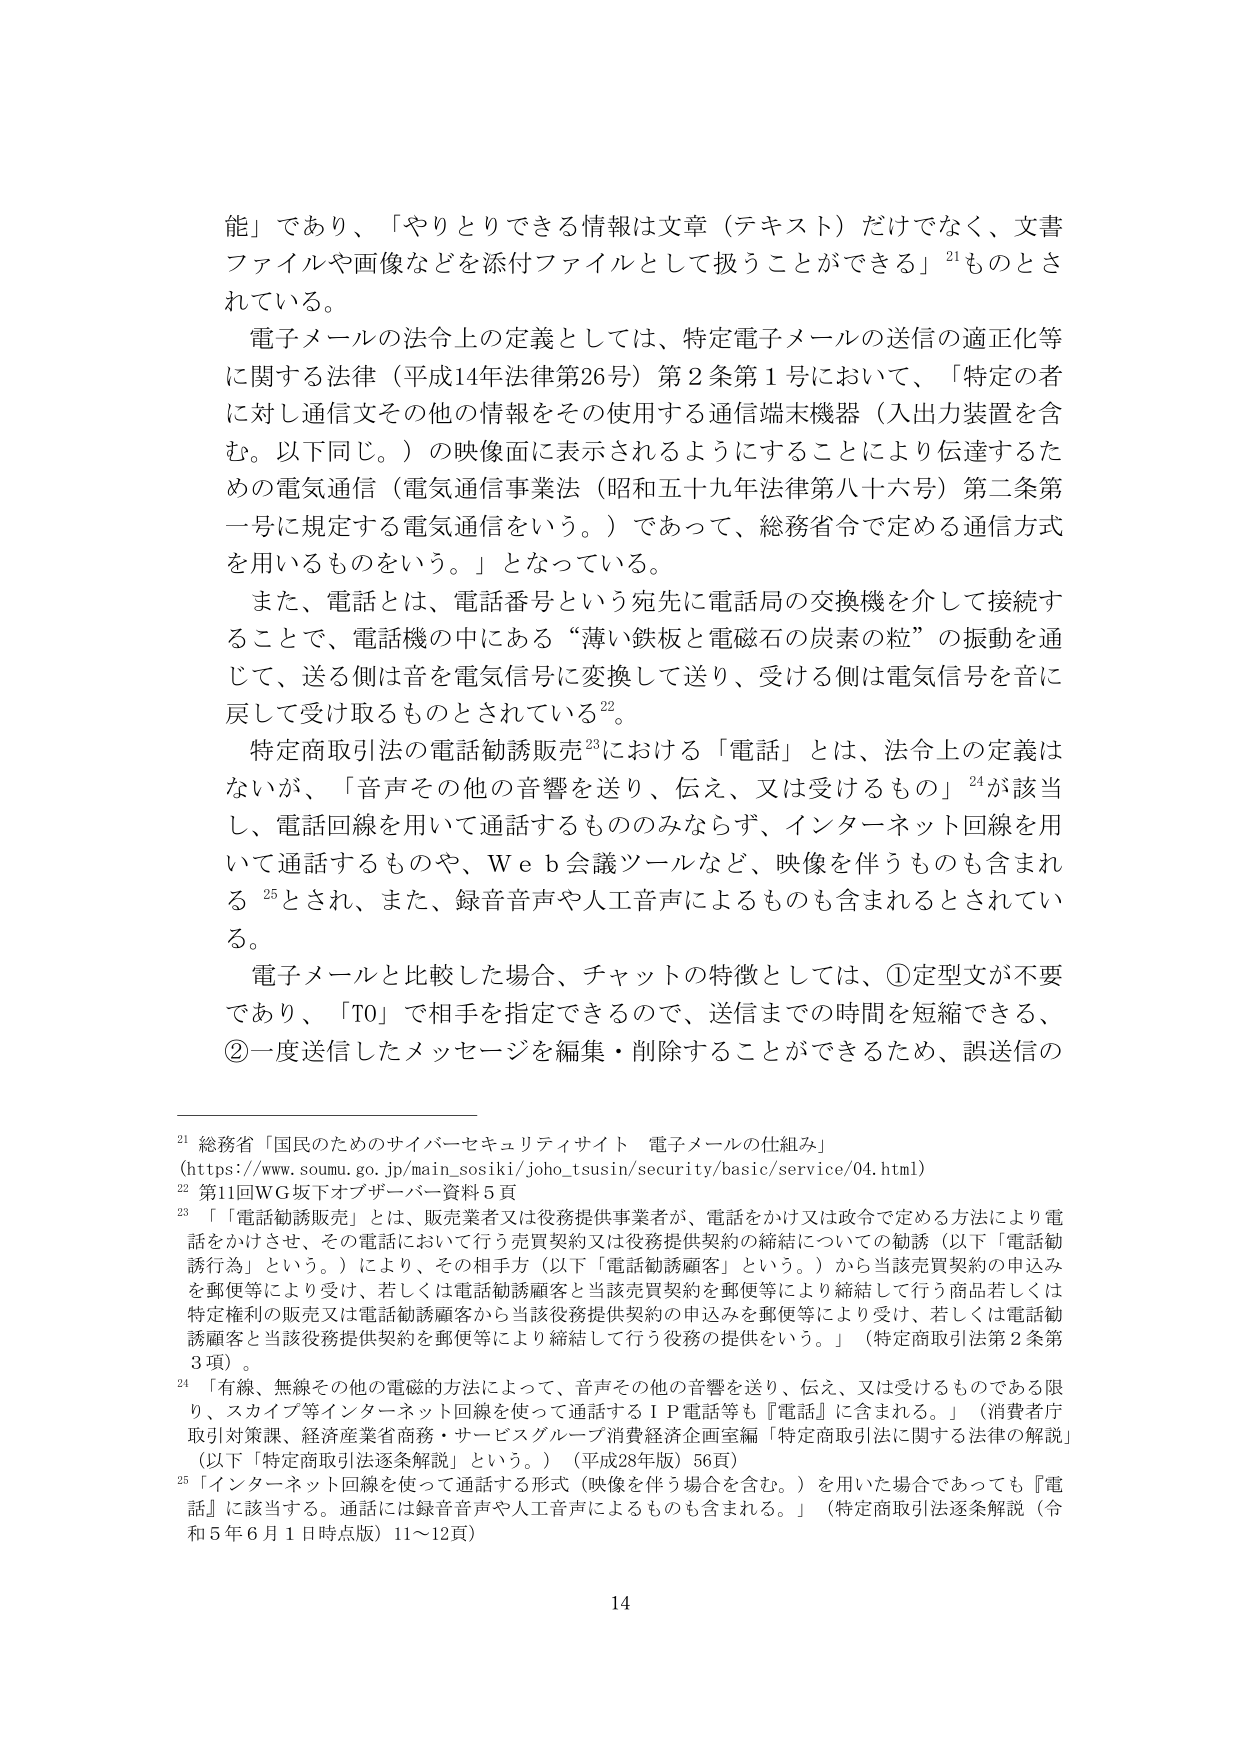
能」であり、「やりとりできる情報は文章（テキスト）だけでなく、文書ファイルや画像などを添付ファイルとして扱うことができる」21ものとされている。

電子メールの法令上の定義としては、特定電子メールの送信の適正化等に関する法律（平成14年法律第26号）第2条第1号において、「特定の者に対し通信文その他の情報をその使用する通信端末機器（入出力装置を含む。以下同じ。）の映像面に表示されるようにすることにより伝達するための電気通信（電気通信事業法（昭和五十九年法律第八十六号）第二条第一号に規定する電気通信をいう。）であって、総務省令で定める通信方式を用いるものをいう。」となっている。

また、電話とは、電話番号という宛先に電話局の交換機を介して接続することで、電話機の中にある“薄い鉄板と電磁石の炭素の粒”の振動を通じて、送る側は音を電気信号に変換して送り、受ける側は電気信号を音に戻して受け取るものとされている22。

特定商取引法の電話勧誘販売23における「電話」とは、法令上の定義はないが、「音声その他の音響を送り、伝え、又は受けるもの」24が該当し、電話回線を用いて通話するもののみならず、インターネット回線を用いて通話するものや、Ｗｅｂ会議ツールなど、映像を伴うものも含まれる25とされ、また、録音音声や人工音声によるものも含まれるとされている。

電子メールと比較した場合、チャットの特徴としては、①定型文が不要であり、「TO」で相手を指定できるので、送信までの時間を短縮できる、②一度送信したメッセージを編集・削除することができるため、誤送信の

21 総務省「国民のためのサイバーセキュリティサイト 電子メールの仕組み」
(https://www.soumu.go.jp/main_sosiki/joho_tsusin/security/basic/service/04.html)

22 第11回WG坂下オブザーバー資料5頁

23 「「電話勧誘販売」とは、販売業者又は役務提供事業者が、電話をかけ又は政令で定める方法により電話をかけさせ、その電話において行う売買契約又は役務提供契約の締結についての勧誘（以下「電話勧誘行為」という。）により、その相手方（以下「電話勧誘顧客」という。）から当該売買契約の申込みを郵便等により受け、若しくは電話勧誘顧客と当該売買契約を郵便等により締結して行う商品若しくは特定権利の販売又は電話勧誘顧客から当該役務提供契約の申込みを郵便等により受け、若しくは電話勧誘顧客と当該役務提供契約を郵便等により締結して行う役務の提供をいう。」（特定商取引法第2条第3項）。

24 「有線、無線その他の電磁的方法によって、音声その他の音響を送り、伝え、又は受けるものである限り、スカイプ等インターネット回線を使って通話するＩＰ電話等も『電話』に含まれる。」（消費者庁取引対策課、経済産業省商務・サービスグループ消費経済企画室編『特定商取引法に関する法律の解説』（以下「特定商取引法逐条解説」という。）（平成28年版）56頁）

25 「インターネット回線を使って通話する形式（映像を伴う場合を含む。）を用いた場合であっても『電話』に該当する。通話には録音音声や人工音声によるものも含まれる。」（特定商取引法逐条解説（令和5年6月1日時点版）11～12頁）

14